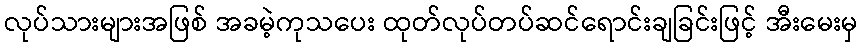
လုပ်သားများအဖြစ် အခမဲ့ကုသပေး ထုတ်လုပ်တပ်ဆင်ရောင်းချခြင်းဖြင့် အီးမေးမှ